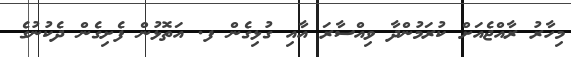
މިހާރު ރާއްޖެއަށް ކުރަމުންދާ ވިއްސާރަ އާއި ގުޅިގެން ފ. އަތޮޅުން ފެށިގެން ދެކުނުގެ